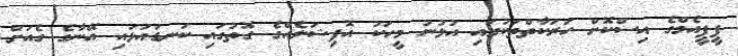
ޕީޕީއެމްގެ އިސްކޮށް ހަރަކާތްތަކުގައި އުޅުނު މީހަކު އޮފިޝަލެއްގެ ގޮތުގައި ކަނޑައަޅައި އޭނާގެ ގެއަށް